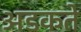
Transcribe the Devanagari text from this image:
अडकते